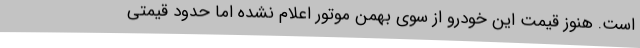
است. هنوز قیمت این خودرو از سوی بهمن موتور اعلام نشده اما حدود قیمتی